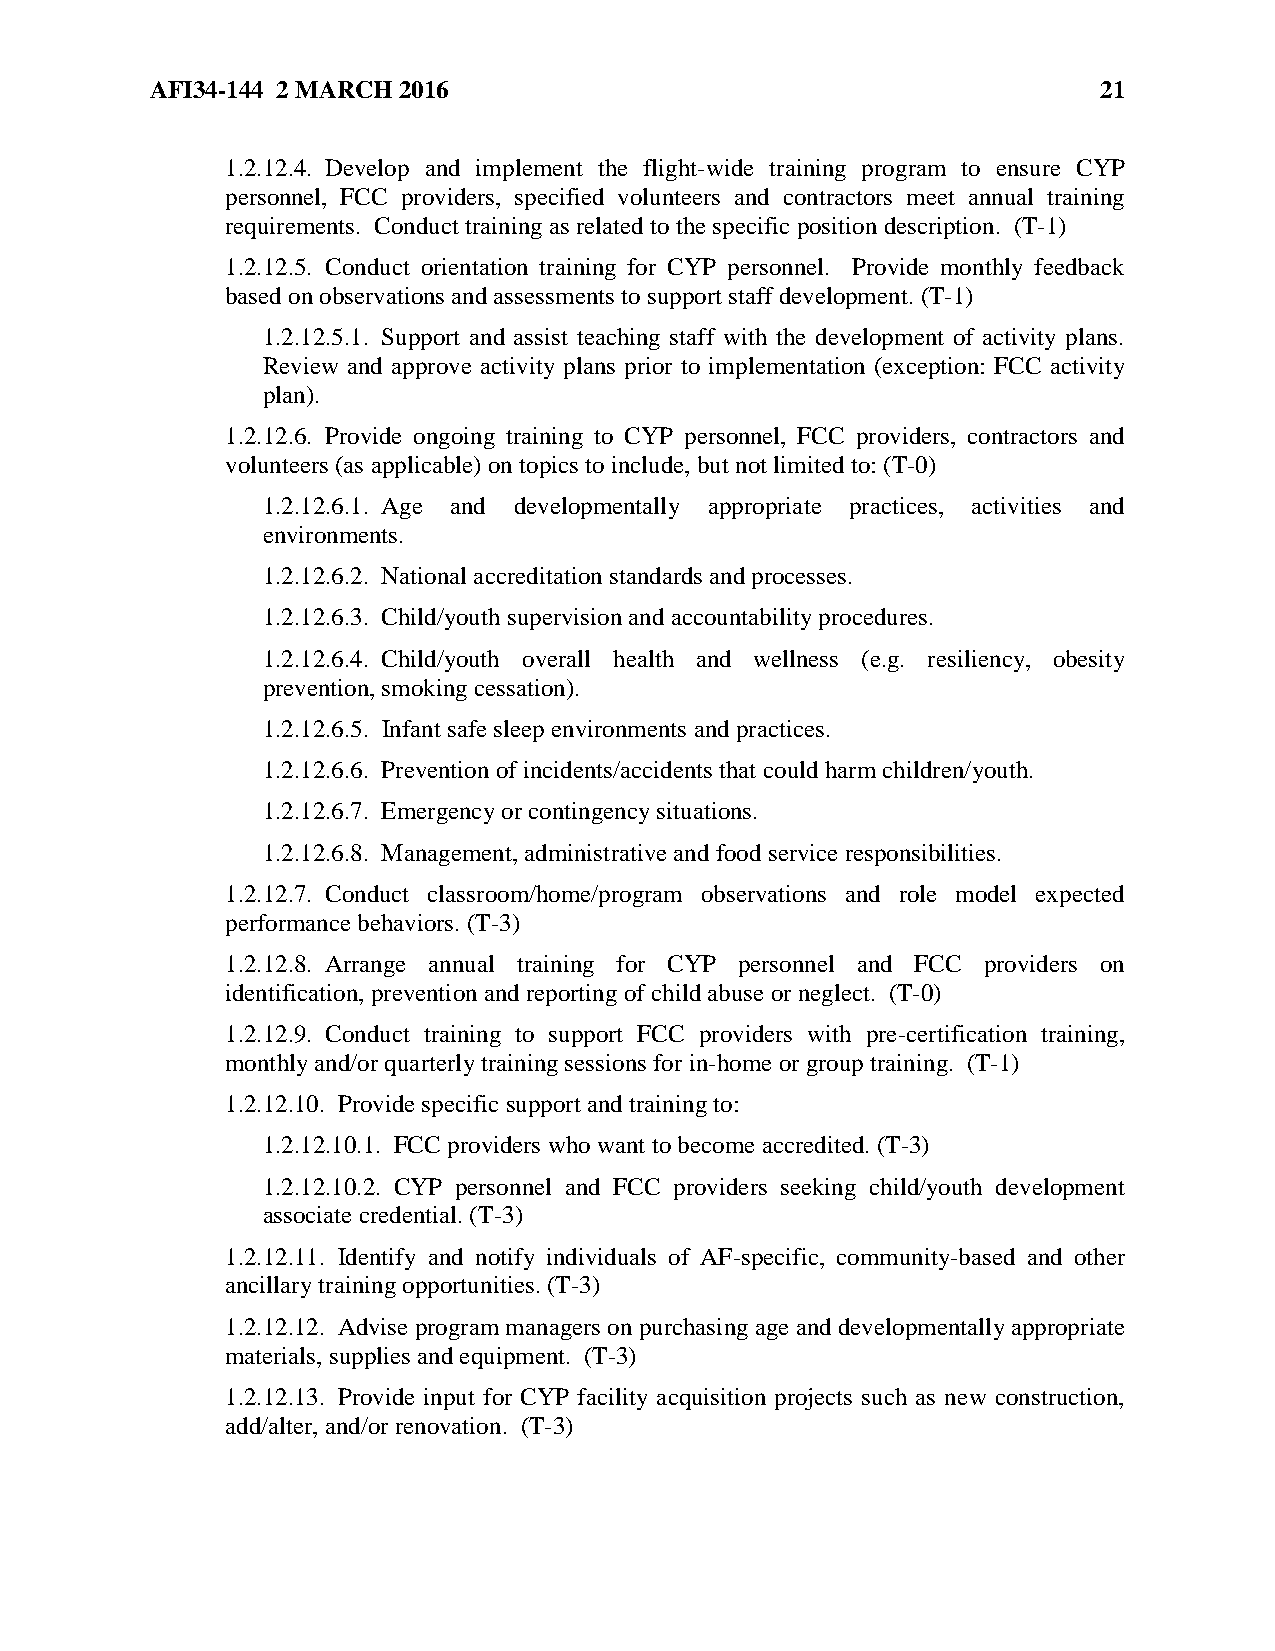
AFI34-144 2 MARCH 2016                                         21
 1.2.12.4. Develop and implement the flight-wide training program to ensure CYP
 personnel, FCC providers, specified volunteers and contractors meet annual training
 requirements. Conduct training as related to the specific position description. (T-1)
 1.2.12.5. Conduct orientation training for CYP personnel. Provide monthly feedback
 based on observations and assessments to support staff development. (T-1)
 1.2.12.5.1. Support and assist teaching staff with the development of activity plans.
 Review and approve activity plans prior to implementation (exception: FCC activity
 plan).
 1.2.12.6. Provide ongoing training to CYP personnel, FCC providers, contractors and
 volunteers (as applicable) on topics to include, but not limited to: (T-0)
 1.2.12.6.1. Age and developmentally appropriate practices, activities and
 environments.
 1.2.12.6.2. National accreditation standards and processes.
 1.2.12.6.3. Child/youth supervision and accountability procedures.
 1.2.12.6.4. Child/youth overall health and wellness (e.g. resiliency, obesity
 prevention, smoking cessation).
 1.2.12.6.5. Infant safe sleep environments and practices.
 1.2.12.6.6. Prevention of incidents/accidents that could harm children/youth.
 1.2.12.6.7. Emergency or contingency situations.
 1.2.12.6.8. Management, administrative and food service responsibilities.
 1.2.12.7. Conduct classroom/home/program observations and role model expected
 performance behaviors. (T-3)
 1.2.12.8. Arrange annual training for CYP personnel and FCC providers on
 identification, prevention and reporting of child abuse or neglect. (T-0)
 1.2.12.9. Conduct training to support FCC providers with pre-certification training,
 monthly and/or quarterly training sessions for in-home or group training. (T-1)
 1.2.12.10. Provide specific support and training to:
 1.2.12.10.1. FCC providers who want to become accredited. (T-3)
 1.2.12.10.2. CYP personnel and FCC providers seeking child/youth development
 associate credential. (T-3)
 1.2.12.11. Identify and notify individuals of AF-specific, community-based and other
 ancillary training opportunities. (T-3)
 1.2.12.12. Advise program managers on purchasing age and developmentally appropriate
 materials, supplies and equipment. (T-3)
 1.2.12.13. Provide input for CYP facility acquisition projects such as new construction,
 add/alter, and/or renovation. (T-3)